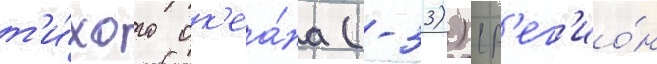
т'и́хого ок'еа́на (-33)) (р'ег'ио́н